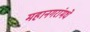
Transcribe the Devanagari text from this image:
महानगरांमधे